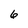
Character: 6